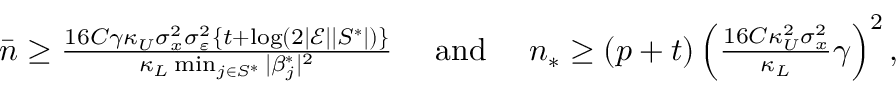
\begin{array} { r } { \bar { n } \ge \frac { 1 6 C \gamma \kappa _ { U } \sigma _ { x } ^ { 2 } \sigma _ { \varepsilon } ^ { 2 } \{ t + \log ( 2 | \mathcal { E } | | S ^ { * } | ) \} } { \kappa _ { L } \operatorname* { m i n } _ { j \in S ^ { * } } | \beta _ { j } ^ { * } | ^ { 2 } } ~ ~ ~ ~ \mathrm { a n d } ~ ~ ~ ~ n _ { * } \ge ( p + t ) \left( \frac { 1 6 C \kappa _ { U } ^ { 2 } \sigma _ { x } ^ { 2 } } { \kappa _ { L } } \gamma \right) ^ { 2 } , } \end{array}